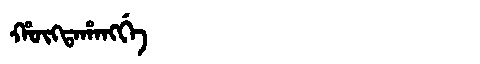
Manchu: ᡥᡡᡴᡨᠠᡥᠠᠩᡤᡝ
Romanization: HŪKTAHANGGE